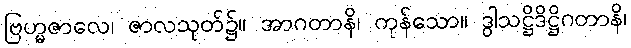
ဗြဟ္မဇာလေ၊ ဇာလသုတ်၌။ အာဂတာနိ၊ ကုန်သော။ ဒွါသဋ္ဌိဒိဋ္ဌိဂတာနိ၊